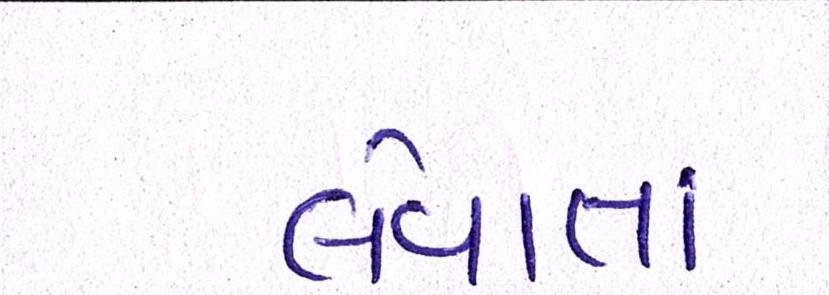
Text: લેવાતાં